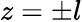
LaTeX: z=\pm l